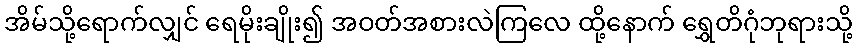
အိမ်သို့ရောက်လျှင် ရေမိုးချိုး၍ အဝတ်အစားလဲကြလေ ထို့နောက် ရွှေတိဂုံဘုရားသို့